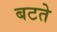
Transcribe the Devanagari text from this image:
बटते